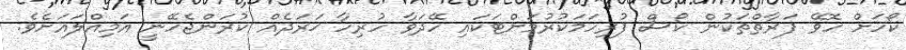
ކޯހަށް ހޮވޭ ފަރާތްތަކުން ކޯސް ފުރިހަމަކުރުމަށްޓަކައި ހޭދަވާ ހުރިހާ ޚަރަދެއް ކުރަންޖެހޭނީ އަމިއްލައަށެވެ.